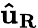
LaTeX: \mathbf{{\hat{u}}_{R}}